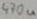
Text: 470u